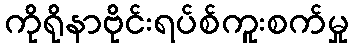
ကိုရိုနာဗိုင်းရပ်စ်ကူးစက်မှု